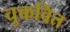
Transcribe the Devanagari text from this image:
चुकवित